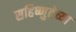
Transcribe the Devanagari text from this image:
सहिष्णुतेच्या